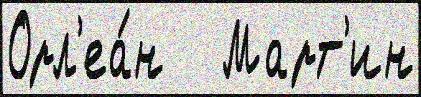
Орл'еа́н   Март'ин